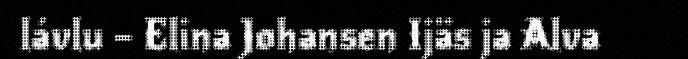
lávlu – Elina Johansen Ijäs ja Alva